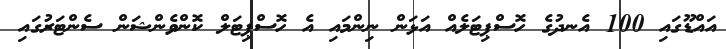
އައްޑޫގައި 100 އެނދުގެ ހޮސްޕިޓަލެއް އަޅަން ނިންމައި އެ ހޮސްޕިޓަލް ކޮންވެންޝަން ސެންޓަރުގައި